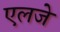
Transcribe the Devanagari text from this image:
एलजे